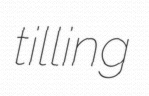
tilling